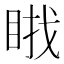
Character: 𱲷